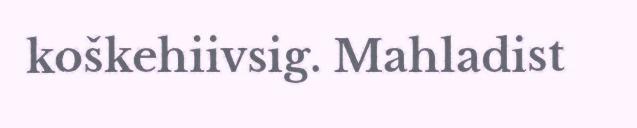
koškehiivsig. Mahladist